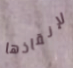
لإنقاذها